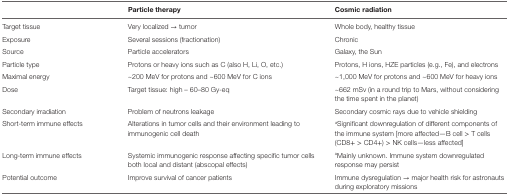
|  | Particle therapy | Cosmic radiation |
 | --- | --- | --- |
 | Target tissue | Very localized → tumor | Whole body, healthy tissue |
 | Exposure | Several sessions (fractionation) | Chronic |
 | Source | Particle accelerators | Galaxy, the Sun |
 | Particle type | Protons or heavy ions such as C (also H, Li, O, etc.) | Protons, H ions, HZE particles (e.g., Fe), and electrons |
 | Maximal energy | ~200 MeV for protons and ~600 MeV for C ions | ~1,000 MeV for protons and ~600 MeV for heavy ions |
 | Dose | Target tissue: high – 60–80 Gy-eq | ~662 mSv (in a round trip to Mars, without considering the time spent in the planet) |
 | Secondary irradiation | Problem of neutrons leakage | Secondary cosmic rays due to vehicle shielding |
 | Short-term immune effects | Alterations in tumor cells and their environment leading to immunogenic cell death | aSignificant downregulation of different components of the immune system [more affected—B cell > T cells (CD8+ > CD4+) > NK cells—less affected] |
 | Long-term immune effects | Systemic immunogenic response affecting specific tumor cells both local and distant (abscopal effects) | aMainly unknown. Immune system downregulated response may persist |
 | Potential outcome | Improve survival of cancer patients | Immune dysregulation → major health risk for astronauts during exploratory missions |